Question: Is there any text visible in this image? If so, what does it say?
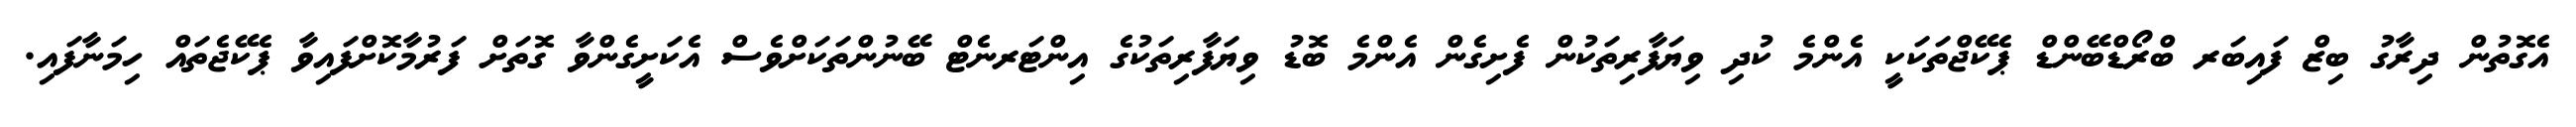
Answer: އެގޮތުން ދިރާގު ބިޒް ފައިބަރ ބްރޯޑްބޭންޑް ޕެކޭޖްތަކަކީ އެންމެ ކުދި ވިޔަފާރިތަކުން ފެށިގެން އެންމެ ބޮޑު ވިޔަފާރިތަކުގެ އިންޓަރނެޓް ބޭނުންތަކަށްވެސް އެކަށީގެންވާ ގޮތަށް ފަރުމާކޮށްފައިވާ ޕެކޭޖެތައް ހިމަނާފައި.